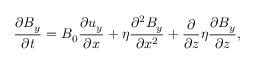
\frac { \partial B _ { y } } { \partial t } = B _ { 0 } \frac { \partial u _ { y } } { \partial x } + \eta \frac { \partial ^ { 2 } B _ { y } } { \partial x ^ { 2 } } + \frac { \partial } { \partial z } \eta \frac { \partial B _ { y } } { \partial z } ,